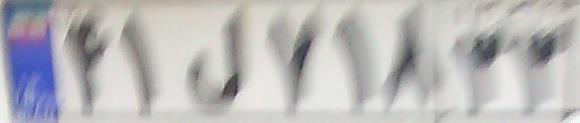
۴۱ل۷۱۸۳۳